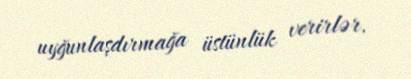
uyğunlaşdırmağa üstünlük verirlər.